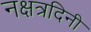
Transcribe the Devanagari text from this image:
नक्षत्रदिनी